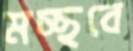
মচ্ছবে